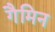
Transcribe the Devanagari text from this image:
गैमिन